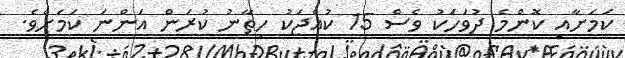
ކަމަށާއި ކޮންމެ ދުވަހަކު ވެސް 15 ކުއްޖަކު ހިތާނު ކުރަން އަންނަ ކަމަށެވެ.